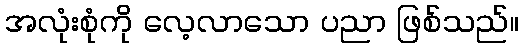
အလုံးစုံကို လေ့လာသော ပညာ ဖြစ်သည်။